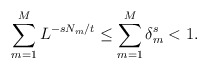
\begin{align*} \sum_{m=1}^M L^{-sN_m/t} \leq \sum_{m=1}^M \delta_m^s < 1.\end{align*}